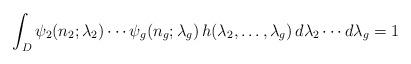
LaTeX: \begin{align*}\int_D \psi_2(n_2; \lambda_2) \cdots \psi_g(n_g; \lambda_g)\, h(\lambda_2, \dots, \lambda_g) \, d\lambda_2 \cdots d\lambda_g = 1\end{align*}